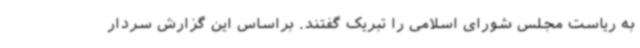
به ریاست مجلس شورای اسلامی را تبریک گفتند. براساس این گزارش سردار